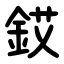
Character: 銰